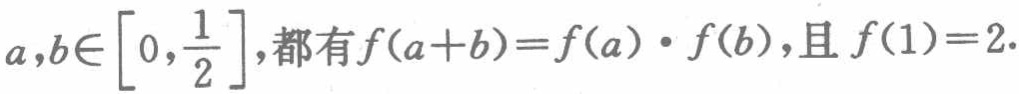
$a,b\in\left[0,\frac{1}{2}\right],都有f(a + b)=f(a)\cdot f(b),且f(1)=2.$